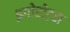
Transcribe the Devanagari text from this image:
इगोरोट्स